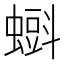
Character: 𧐝